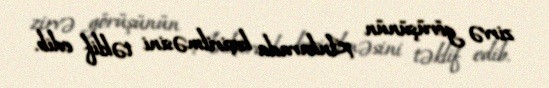
zirvə görüşünün Ankarada keçirilməsini təklif edib.